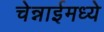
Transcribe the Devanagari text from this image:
चेन्नाईमध्ये